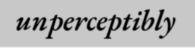
unperceptibly